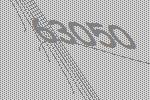
63050